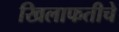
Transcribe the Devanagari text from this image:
खिलाफतीचे